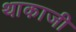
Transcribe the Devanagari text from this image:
थाकाजी